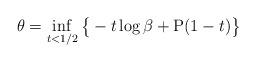
LaTeX: \begin{align*}\theta = \inf_{t< 1/2} \big\{-t\log\beta + \mathrm{P}(1-t)\big\}\end{align*}